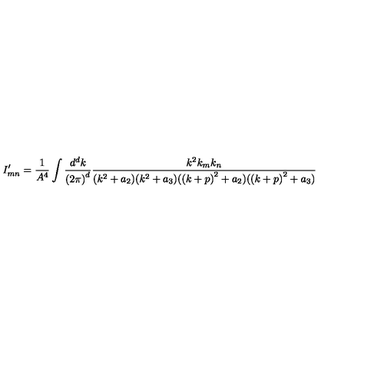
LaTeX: I _ { m n } ^ { \prime } = \frac { 1 } { A ^ { 4 } } \int \frac { d ^ { d } k } { { ( 2 \pi ) } ^ { d } } \frac { k ^ { 2 } k _ { m } k _ { n } } { ( k ^ { 2 } + a _ { 2 } ) ( k ^ { 2 } + a _ { 3 } ) ( { ( k + p ) } ^ { 2 } + a _ { 2 } ) ( { ( k + p ) } ^ { 2 } + a _ { 3 } ) }